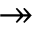
\twoheadrightarrow